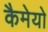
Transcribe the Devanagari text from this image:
कैमेयो